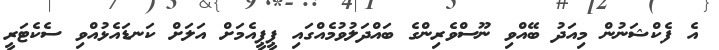
އެ ފެކްޝަނުން މިއަދު ބޭއްވި ނޫސްވެރިންގެ ބައްދަލުވުމެއްގައި ޕީޕީއެމަށް އަލަށް ކަނޑައެޅުއްވި ސެކެޓަރީ